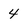
Character: 4